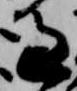
過